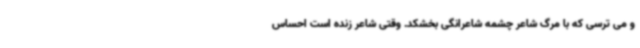
و می ترسی که با مرگ شاعر چشمه شاعرانگی بخشکد. وقتی شاعر زنده است احساس